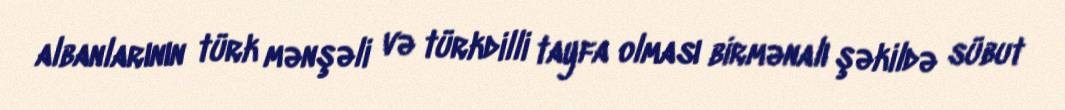
albanlarının türk mənşəli və türkdilli tayfa olması birmənalı şəkildə sübut